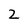
Character: 2